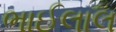
ભાઈલાલ